King Institute of Preventive Medicine Micro-Biological Section reports 1909-11
Year: 1909
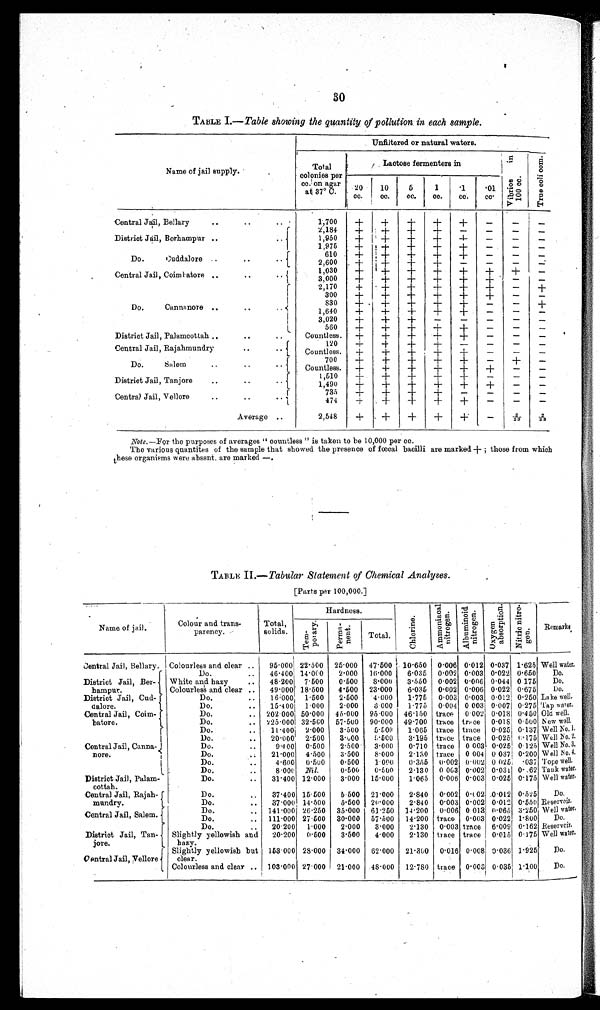
30
TABLE I.— Table showing the quantity, of pollution in each sample.
Name of jail supply.
U n f i l t e r e d o r n a t u r a l w a t e r s . '
Tot al Col oni es per cc. on agar at 37° c.
Lact ose f erment ers i n
V i b r i o s i n 1 0 0 c c .
T r u e c o l i c o m .
20cc.
10cc.
5cc.
1cc.
·1cc.
·01cc.
Central Jail, Bellary
1,700
+
+
+
+
+
−
−
−
2,184
+
+
+
+
+
−
−
−
District Jail, Berhampur
1,950
+ +
+
+
+
−
−
−
1,975
+
+
+
+
+
−
−
−
610
+
+
+
+
+
−
−
−
Do.Cuddalore
2,600
+
+
+
+
+
−
−
−
1,030 +
+
+
+
+
+
+
−
Central Jail, Coimbatore
3,000
+
+
+
+
+
+
−
−
2,170
+
+
+
+
+
+
−
+
300 +
+
+
+
+
+
−
−
830
+
+
+
+
+
−
−
+
Do. Cannanore
1,640
+
+
+
+
+
−
−
−
3,020
+
+
+
+
+
−
−
−
560
+
+
+
+
+
−
−
−
District Jail, Palamcottah
Countless.
+
+
+
+
+
−
−
−
120
+
+
+
+
+
−
−
−
Central Jail, Rajahmundry
Countless.
+
+
+
+
+
−
−
−
700
+
+
+
+
+
−
+ −
Do. Salem
Countless.
+
+
+
+
+
+
−
−
1,510
+
+
+
+
+
−
−
−
District Jail, Tanjore
1,490
+
+
+
+
+
+
−
−
735
+
+
+
+
+
−
−
−
Central Jail, Vellore
474
+
+
+
+
+
−
−
−
Average
2,548
+
+
+
+
+
−
2/23
2/23
Note.—For the purposes of averages "countless" is taken to be 10,000 per cc.
The various quantites of the sample that showed the presence of fœcal bacilli are marked + ; those from which
these organisms were absent, are marked —.
TABLE II
.—Tabular Statement of Chemical Analyses.
[Parts per 100,000]
Name of jail.
Colour and trans-
parency.
Total,
solids.
Hardness.
Chl or i ne
A m m o n i a c a l n i t r o g e n
A l b u mi n i o d n i t r o g e n
O x y g e n a b s o r p t i o n
Ni t r i c n i t r o g e n
Remarks
Te mp o r a r y .
P e r m a n e n t .
Total.
Central jail, Bellary. Colourless and clear
95·000 22·500 25·000 47·500 10·650 0·006 0·012 0·037 1·625 Well water.
Do.
46·400 14·000
2·000
16·000
6·035
0·002 0·003 0·022 0·650
Do.
District Jail, Ber
¬hampur.
White and hazy
48·200 7·500
0·500
8·000
3·550 0·002 0·006 0·044 0·175
Do.
Colourless and clear
49·000 18·500
4·500 23·000
6·035 0·002 0·006 0·022 0·675
Do.
District Jail, Cud¬dalore
Do.
16·000 1·500
2·500
4·000
1·775
0·003 0·003 0·012 0·250 Lake well.
Do.
15·400
1·000
2·000
3·000
1·775 0·004 0·003 0·007 0·275 Tap water.
Central Jail, Coim
¬batore.
Do.
202·000 50·000 45·000 95·000 46·150 trace
0·002 0·018 0·450 Old well.
Do.
225·0001 32·500 57·500 90·000 49·700 trace trace 0·018 0·500 New wall.
Do.
11·400 2·000
3·500
5·500
1·065 trace trace 0·025 0·137 Well No. 1.
Do.
20·000 2·500
3·600 5·500
3·195 trace trace 0·025 0·175 Well No. 2.
Central Jail, Canna
¬nore.
Do.
9·400 0·500
2·500
3·000
0·710 trace 0·003 0·025 0 125 Well No.3.
Do.
21·000 4·500
3·500
8·000
2·130 trace 0·004 0·0371 0·200 Well N0.4,
Do.
4·600 0·500
0·500
1·000
0·355 0·002 0·002 0 025 ·037 Tope well.
Do.
8·000 Nil.
0·500
0·500
2·130 0·063 0·002 0·031 0·62 Tank water.
District Jail, Palam
¬cottah.
Do.
31·400 12·000
3·000
15·000
1·065 0·006 0·003 0·025 0·175 Well water.
Do.
37 . 400 15·500
5 500 21·000
2·840 0·002 0·002 0·012 0·525
Do.
Central Jail, Rajah
¬mundry.
Do.
37 . 000 14·500
5·500 20·000
2·840 0·003 0·002 0·012 0·550 Reservoir.
Central Jail, Salem.
Do.
141·000 26·250 35·000 61·250 14·200 0·006 0·013 0·065 3·250 Well water.
Do.
111·000 27·500 30·000 57·500
14·200 trace 0·003 0·022 1·800
Do.
Do.
20·200
1·000
2·000
3·000
2·130 0·003 trace 6·009 0·162 Reservoir.
District Jail, Tan
jore.
Slightly yellowish and
hazy.
20·200 0·500
3·500
4·000
2·130 trace trace 0·015 0·175 Well water.
Central jail vellore
Slightly yel
lowish but clear
153·000 28·000 34·000 62·000
2 1 · 3 0 0
0·016 0·008 0·036 1·925
Do.
Colourless and clear
103·000 27·000 21·000 48·000
12·780 trace 0·0031 0·035 1·100
D
o.